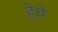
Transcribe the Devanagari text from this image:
हेचे